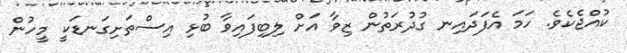
ކުއްޖެކެވެ. ހަމަ އެފަދައިނ ގުދުރަތުން ޒިވާ އަށް ލިބިފައިވާ ބުޅި އިސްތަށިގަނޑަކީ މީހުން